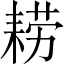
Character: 耢